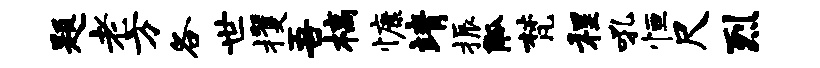
题老方各世攫吾槁慷靖振觚梵程吼恒尺烈